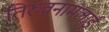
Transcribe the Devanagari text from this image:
तिरुवनामलाई